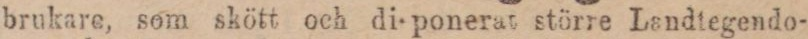
brukare, som skött och di-ponerat större Landtegendo-